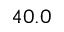
4 0 . 0